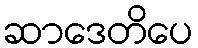
ဆာဒေတိပေ